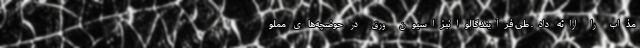
مذاب را ارائه داد. طیِ فرآیند گالوانیزاسیون ورق در حوضچه‌هایِ مملو